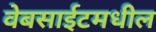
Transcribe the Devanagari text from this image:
वेबसाईटमधील